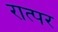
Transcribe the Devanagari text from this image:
रात्पर